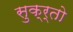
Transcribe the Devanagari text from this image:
सुक्र्तो